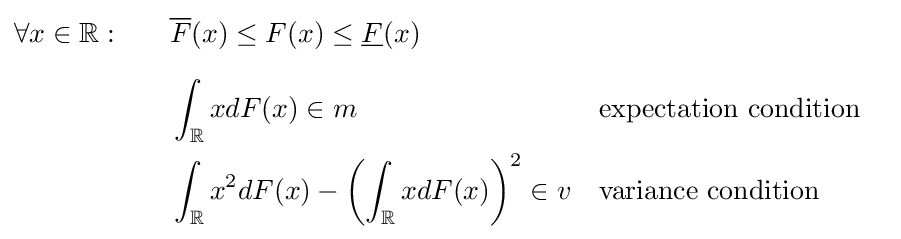
{\begin{aligned}\forall x\in \mathbb {R} :\qquad &{\overline {F}}(x)\leq F(x)\leq {\underline {F}}(x)\\[6pt]&\int _{\mathbb {R} }xdF(x)\in m&&{\text{expectation condition}}\\&\int _{\mathbb {R} }x^{2}dF(x)-\left(\int _{\mathbb {R} }xdF(x)\right)^{2}\in v&&{\text{variance condition}}\end{aligned}}